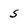
Character: s